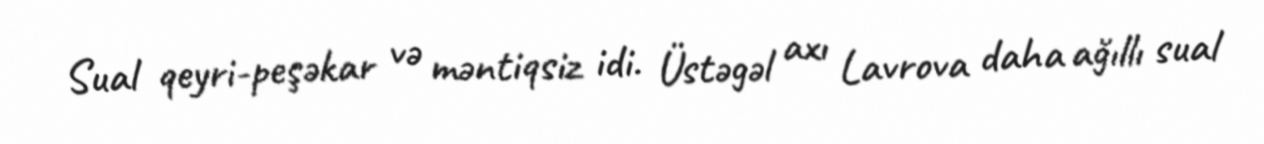
Sual qeyri-peşəkar və məntiqsiz idi. Üstəgəl axı Lavrova daha ağıllı sual